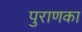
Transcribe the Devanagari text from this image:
पुराणका